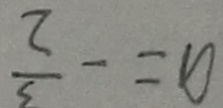
a = - \frac { 3 } { 2 }